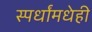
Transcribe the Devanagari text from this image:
स्पर्धांमधेही